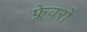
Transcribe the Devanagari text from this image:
फ्लेवरों